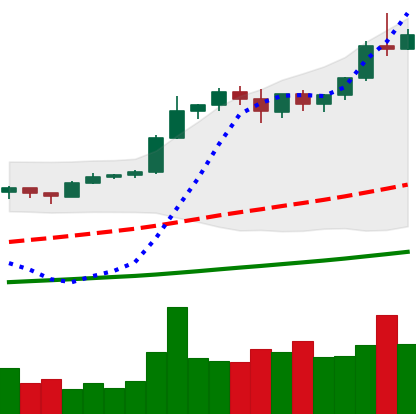
Ticker: BTC-USD
Chart end date: 2020-12-28
Forward return: 18.617%
Label: up_7plus